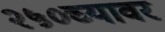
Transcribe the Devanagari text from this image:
२५०च्यावर